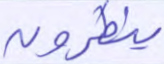
ينظرون